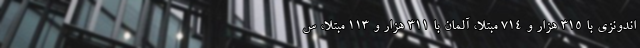
اندونزی با ۳۱۵ هزار و ۷۱۴ مبتلا، آلمان با ۳۱۱ هزار و ۱۱۳ مبتلا، س